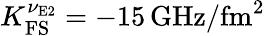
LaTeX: K_{\mathrm{FS}}^{\nu_{\textrm{E2}}}=-15\, \mathrm{GHz}/\mathrm{fm}^{2}